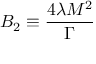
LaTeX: B _ { 2 } \equiv \frac { 4 \lambda M ^ { 2 } } { \Gamma }